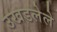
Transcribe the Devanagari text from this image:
उखडलेले